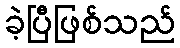
ခဲ့ပြီဖြစ်သည်